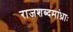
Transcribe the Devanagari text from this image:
राजशब्दमांध्राः